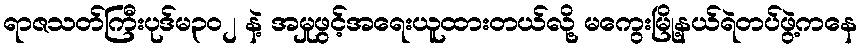
ရာဇသတ်ကြီးပုဒ်မ၃၀၂ နဲ့ အမှုဖွင့်အရေးယူထားတယ်လို့ မကွေးမြို့နယ်ရဲတပ်ဖွဲ့ကနေ